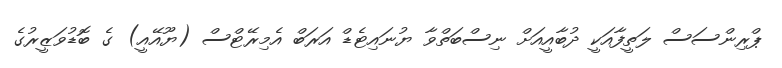
ޕްރިންސަސް ލަތީފާއަކީ ދުބާއީއަށް ނިސްބަތްވާ ޔުނައިޓެޑް އަރަބް އެމިރޭޓްސް (ޔޫއޭއީ) ގެ ބޮޑުވަޒީރުގެ